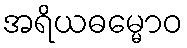
အရိယဓမ္မောဝ